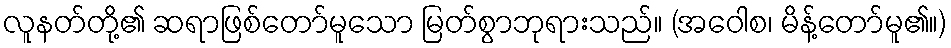
လူနတ်တို့၏ ဆရာဖြစ်တော်မူသော မြတ်စွာဘုရားသည်။ (အဝေါစ၊ မိန့်တော်မူ၏။)